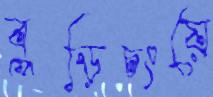
বুড়িচংয়ে